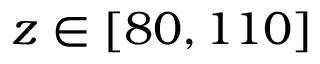
z \in [ 8 0 , 1 1 0 ]